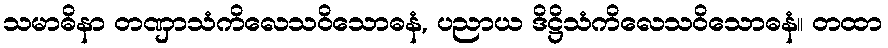
သမာဓိနာ တဏှာသံကိလေသဝိသောဓနံ, ပညာယ ဒိဋ္ဌိသံကိလေသဝိသောဓနံ။ တထာ